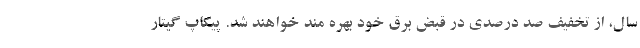
سال، از تخفیف صد درصدی در قبض برق خود بهره مند خواهند شد. پیکاپ گیتار